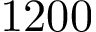
1 2 0 0